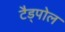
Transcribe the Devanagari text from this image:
टैड्पोल